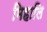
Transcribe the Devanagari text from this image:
मिहालि